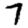
Digit: 7